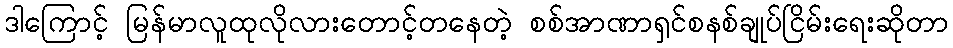
ဒါကြောင့် မြန်မာလူထုလိုလားတောင့်တနေတဲ့ စစ်အာဏာရှင်စနစ်ချုပ်ငြိမ်းရေးဆိုတာ